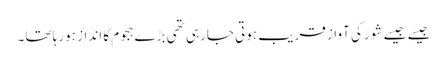
جیسے جیسے شور کی آواز قریب ہوتی جارہی تھی بڑےہجوم کا انداز ہورہا تھا۔